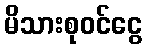
မိသားစုဝင်ငွေ